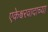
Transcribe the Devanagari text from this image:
एकेश्वरवादाच्या